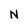
Character: N